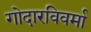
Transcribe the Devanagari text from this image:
गोदारविवर्मा